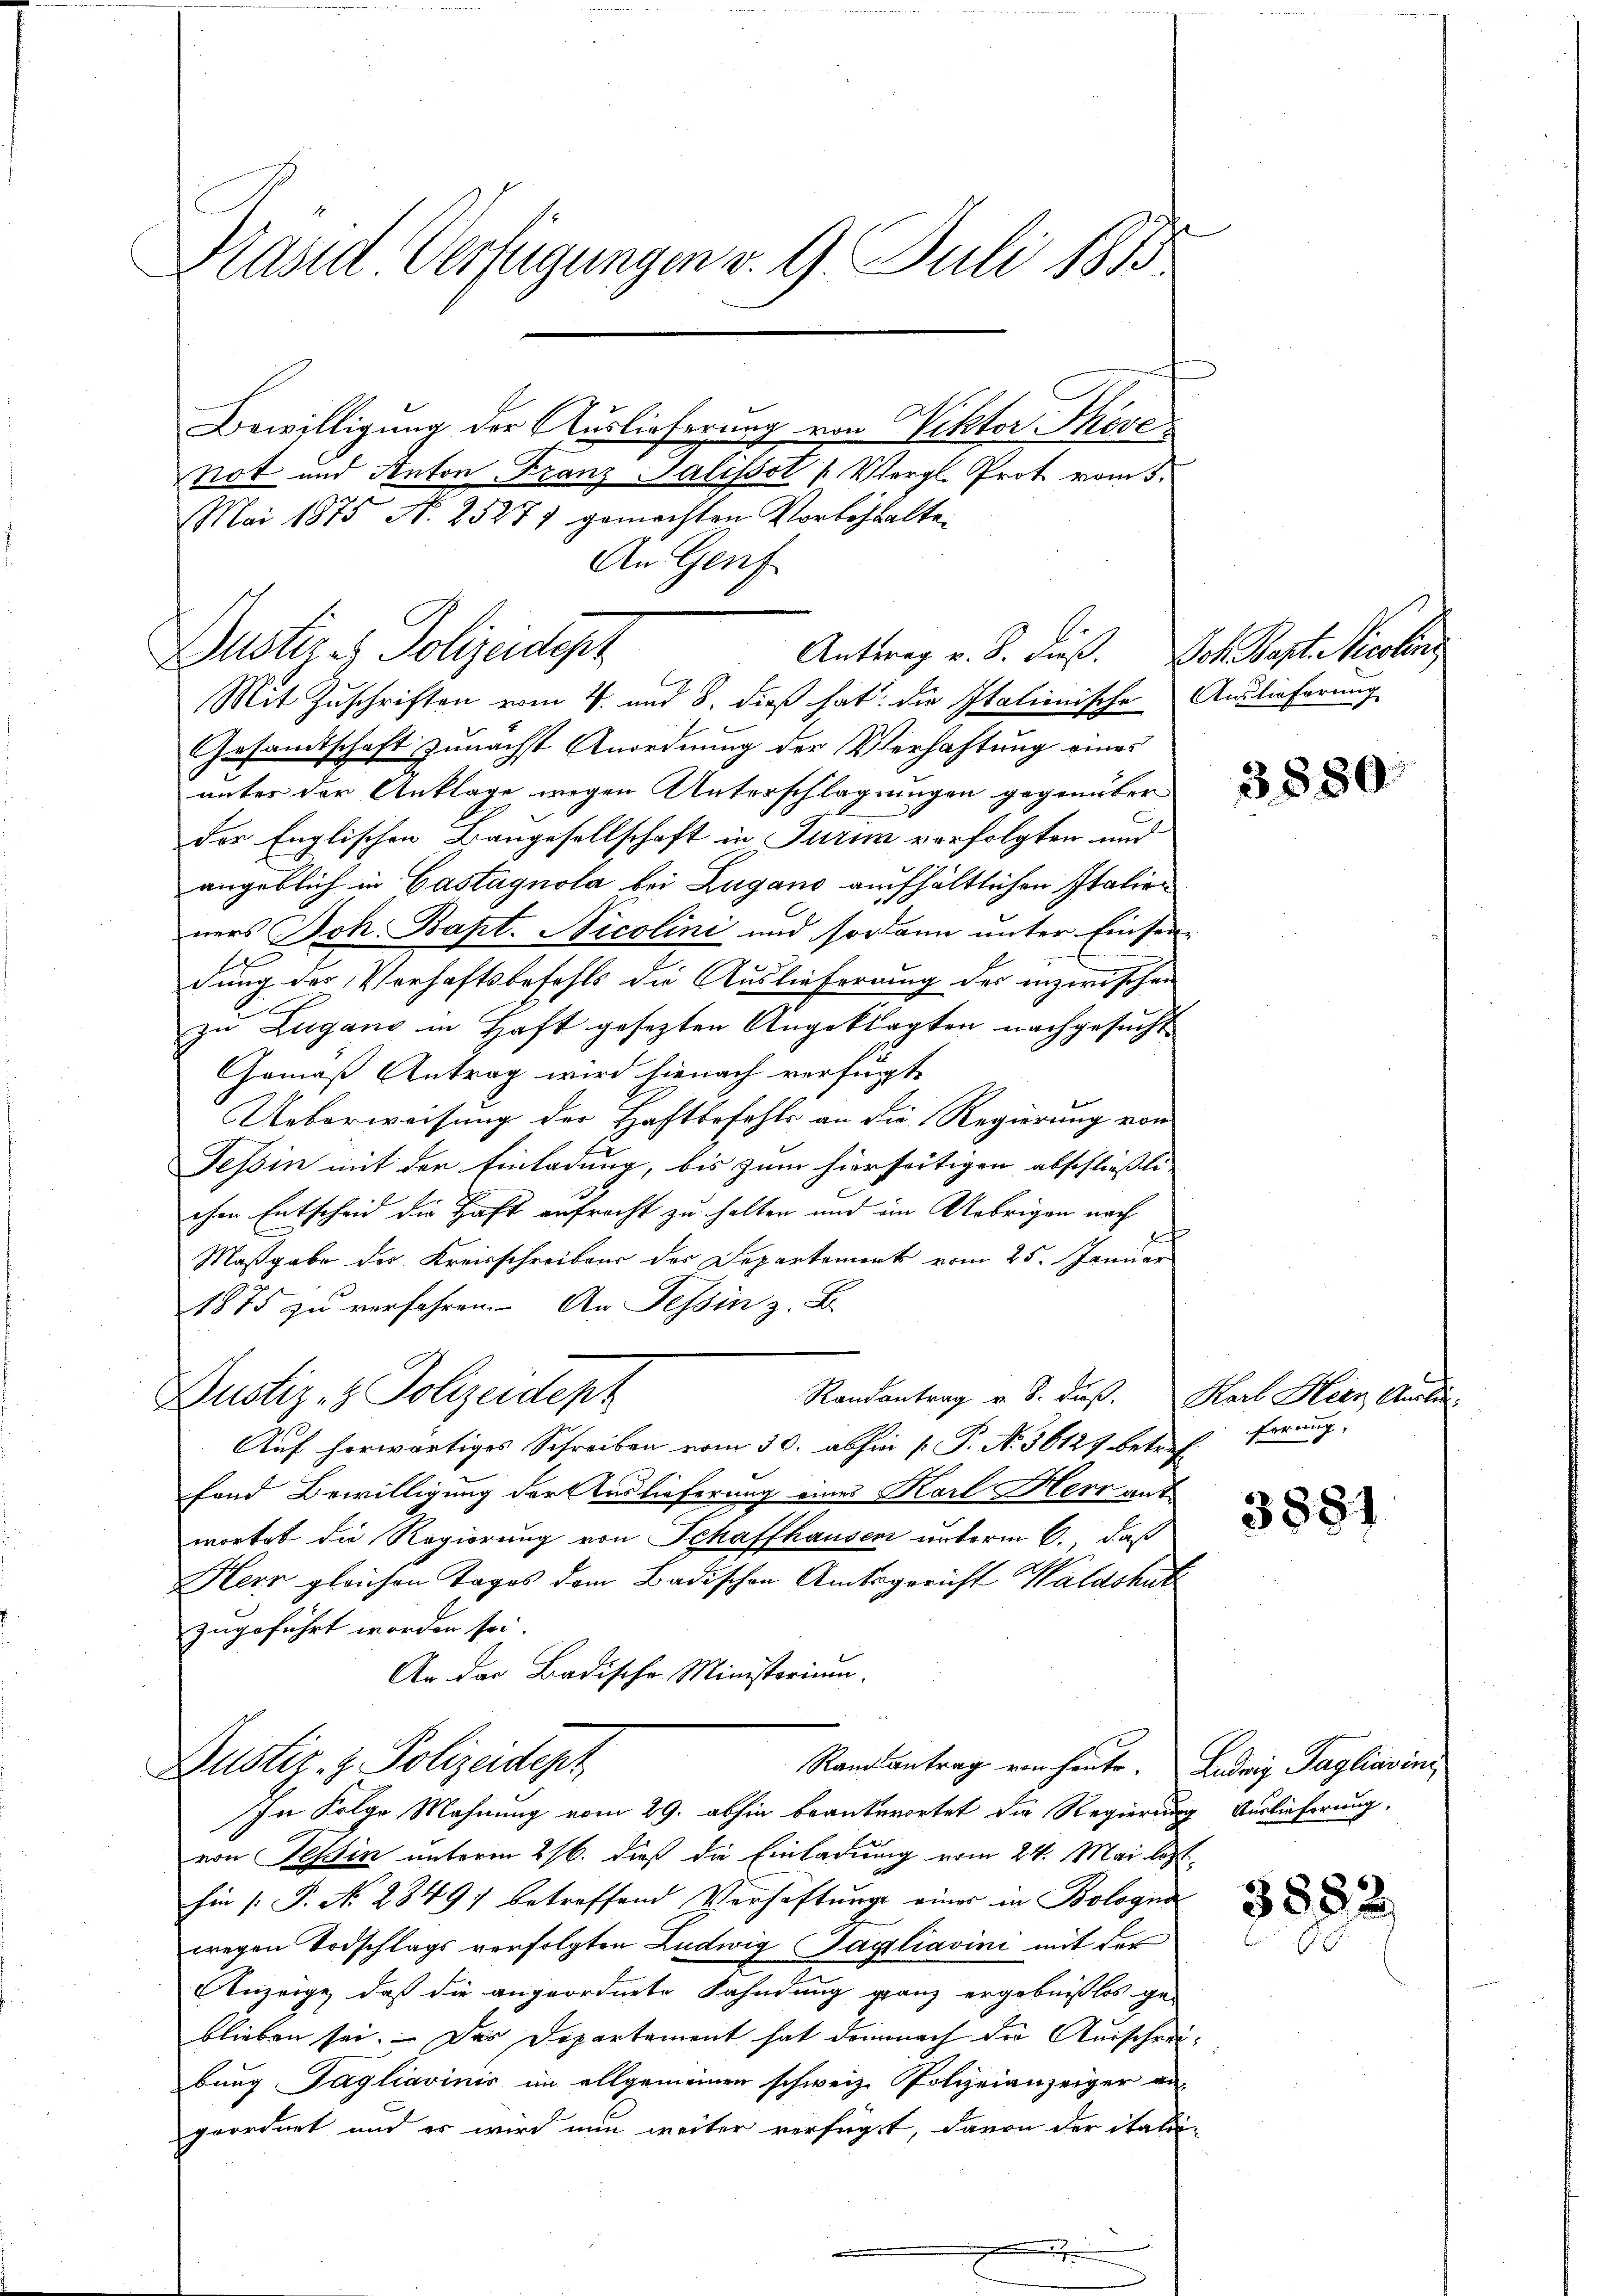
Präsid Verfügungen v. 9. Juli 1815

Bewilligung der Auslieferung von Viktor Cheve
Not und Anton Franz Salissot (Vergl. Prot vom 3.
Mai 1875 N. 25277 gemachten Vorbehalten
Mit Zuschriften vom 4. und 8. dieß hat. Die Italienische
Gesamtschaft zunächst Anordnung der Verhaftung eines
unter der Anklage wegen Unterschlagungen gegenüber
C
Der Englischen Baugesellschaft in Turin vorfolgten und
angeblich in Castagnola bei Zugano aufhältlichen Italieners Joh. Bapt. Nicolini und sodann unter Einsei
e
dung des Verhaftsbefehls die Auslieferung des inzwischen
zu Zugano in Haft gesezten Angeklagten nachgesuch-
Gemäß Antrag wird hienach verfugt
Ueberweisung der Haftbefehls an die Regierung von
Tessin mit der Einladung, bis zum hierseitigen abschliessli
chen Entscheid die Haft aufrecht zu halten und im Uebrigen nach
Maßgabe des Kreisschreibens der Departement vom 25. Januar
1875 zŭ verfahren. An Tessin z. B.
Randantrag v. 8. daß.
Justiz- & Polizeidept
Auf herwärtiges Schreiben vom 30. abhin (: P. No. 36127 betre
fond Bewilligung der Auslieferung eines Karl Herr antwortet die Regierung von Schaffhausen unterm 6. daß
Herr gleichen Tages dem Badischen Amtsgericht Waldshur
zugeführt worden sei.
An der Badische Ministerium.
Randantrag von heute.
Justiz- & Polizeidepz
In Folge Mahnung vom 29. abhin beantwortet die Regieru
von Tessin unterm 26. dieß die Einladung vom 24. Mai lo
Ein P. No. 28497 betreffend Verhaftung einer in Bologi
wegen Todschlags verfolgten Ludwig Tagliavini mit der
Anzeige, daß die angeordnete Fahndung ganz ergebnißlos ge-
blieben sei. Das Departement hat demnach die Anschre
bung Tagliavinis im allgemeinen schweiz. Polizeianzeiger-
geordnet und es wird nun weiter verfügt, davon der ita-

Dustiz & Polizeidept

An Genf

Antrag v. 8. dieß.

Joh. Bapt. Nicolang
Auslieferung

3880

Karl Herr Ausle
ferung.

3881

Ledrig Tagliavini
g Auslieferung,
t

3882